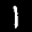
Label: 1